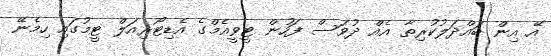
އޭ އިން ބައްދަލުކުރިތާ އެއް ދުވަސް ފަހުން ޓީވީއެމްގެ އެޑިޓޯރިއަލް ޓީމުގައި ހިމެނޭ